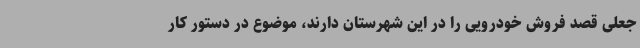
جعلی قصد فروش خودرویی را در این شهرستان دارند، موضوع در دستور کار